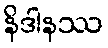
နိဒါနဿ